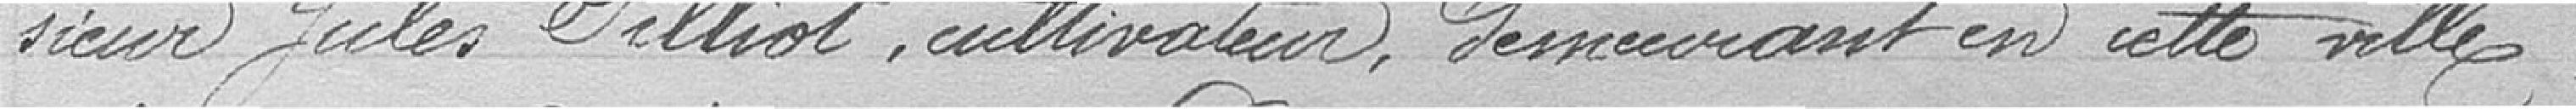
sieur Jules Pilliot, cultivateur, demeurant en cette ville